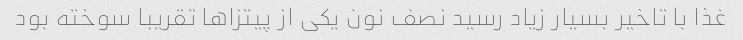
غذا با تاخیر بسیار زیاد رسید نصف نون یکی از پیتزاها تقریبا سوخته بود